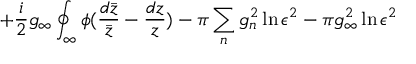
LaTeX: + \frac { i } { 2 } g _ { \infty } \oint _ { \infty } \phi ( \frac { d \bar { z } } { \bar { z } } - \frac { d z } { z } ) - \pi \sum _ { n } g _ { n } ^ { 2 } \ln \epsilon ^ { 2 } - \pi g _ { \infty } ^ { 2 } \ln \epsilon ^ { 2 }